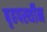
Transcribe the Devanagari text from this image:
बृहपर्स्थीन